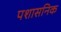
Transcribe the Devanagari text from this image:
पशासनिक